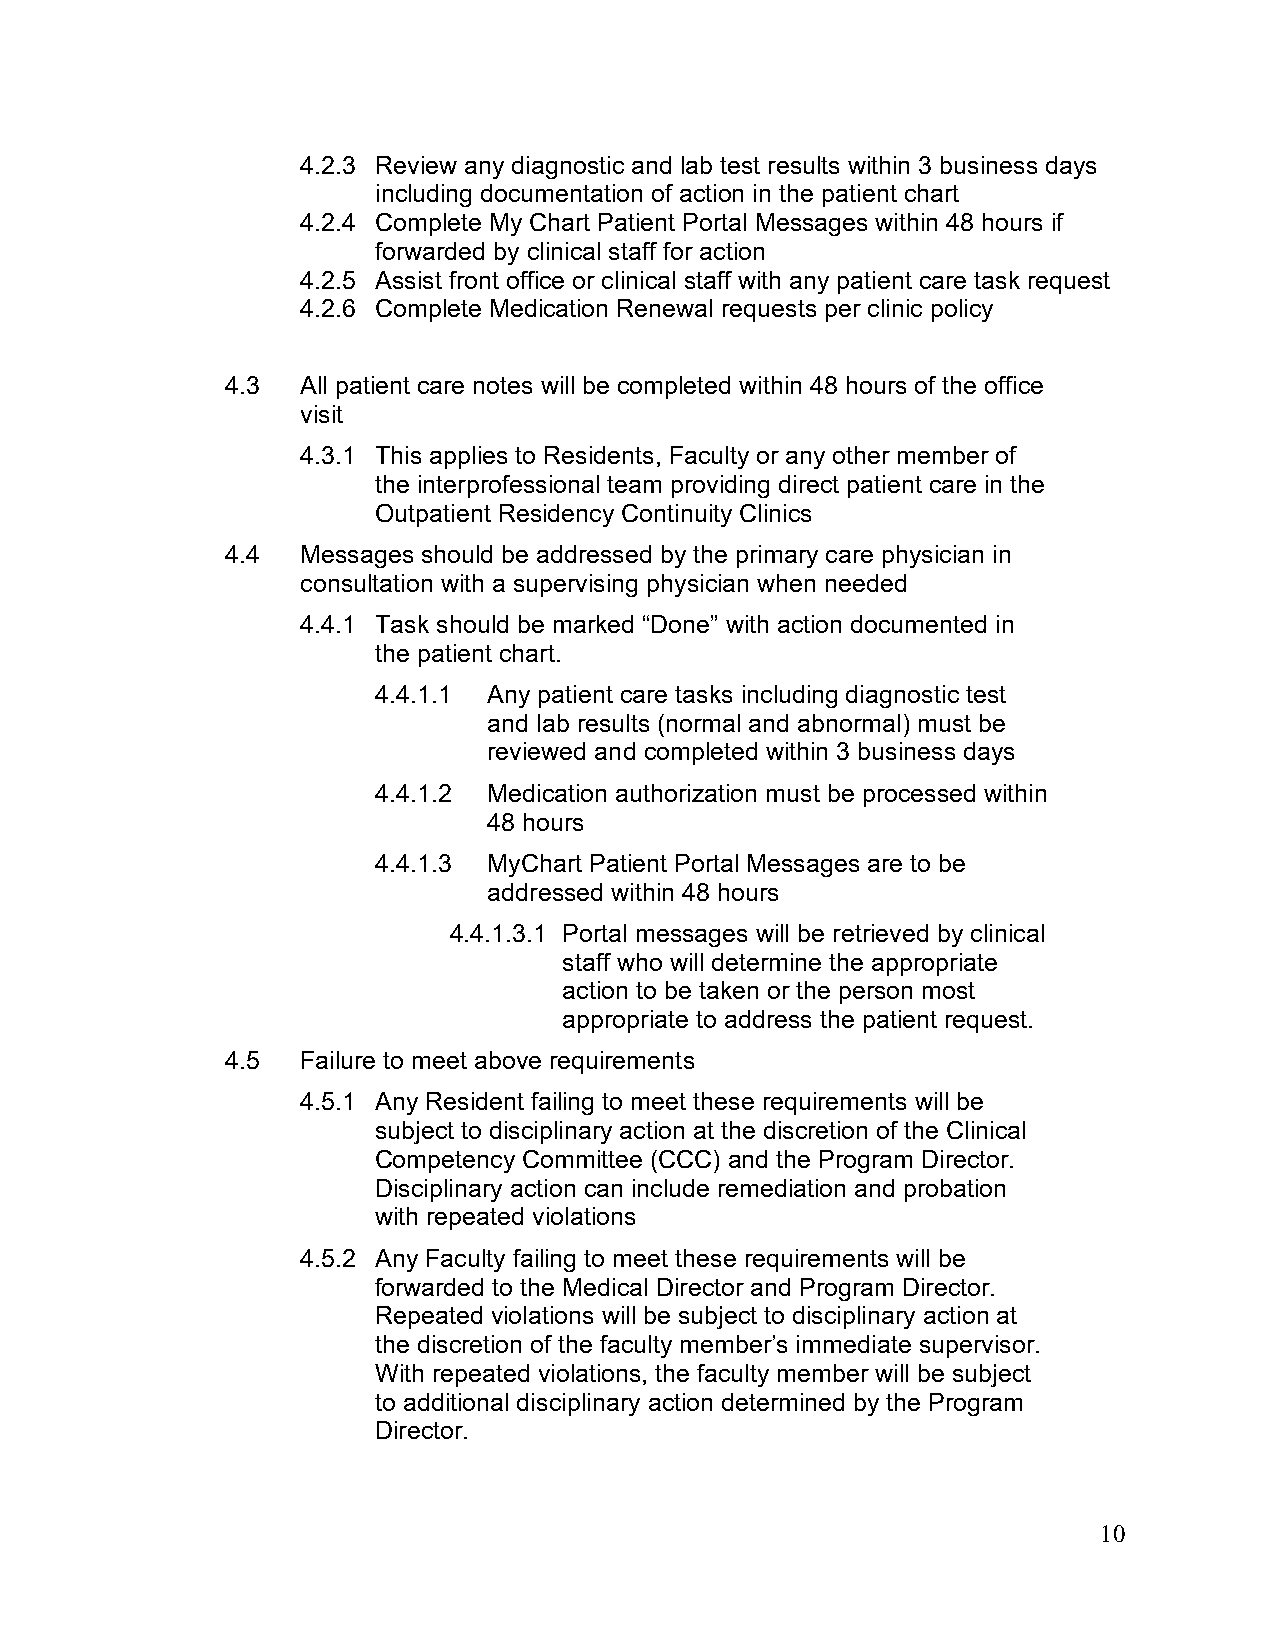
4.2.3 Review any diagnostic and lab test results within 3 business days
 including documentation of action in the patient chart
 4.2.4 Complete My Chart Patient Portal Messages within 48 hours if
 forwarded by clinical staff for action
 4.2.5 Assist front office or clinical staff with any patient care task request
 4.2.6 Complete Medication Renewal requests per clinic policy
 4.3  All patient care notes will be completed within 48 hours of the office
 visit
 4.3.1 This applies to Residents, Faculty or any other member of
 the interprofessional team providing direct patient care in the
 Outpatient Residency Continuity Clinics
 4.4  Messages should be addressed by the primary care physician in
 consultation with a supervising physician when needed
 4.4.1 Task should be marked “Done” with action documented in
 the patient chart.
 4.4.1.1 Any patient care tasks including diagnostic test
 and lab results (normal and abnormal) must be
 reviewed and completed within 3 business days
 4.4.1.2 Medication authorization must be processed within
 48 hours
 4.4.1.3 MyChart Patient Portal Messages are to be
 addressed within 48 hours
 4.4.1.3.1 Portal messages will be retrieved by clinical
 staff who will determine the appropriate
 action to be taken or the person most
 appropriate to address the patient request.
 4.5  Failure to meet above requirements
 4.5.1 Any Resident failing to meet these requirements will be
 subject to disciplinary action at the discretion of the Clinical
 Competency Committee (CCC) and the Program Director.
 Disciplinary action can include remediation and probation
 with repeated violations
 4.5.2 Any Faculty failing to meet these requirements will be
 forwarded to the Medical Director and Program Director.
 Repeated violations will be subject to disciplinary action at
 the discretion of the faculty member’s immediate supervisor.
 With repeated violations, the faculty member will be subject
 to additional disciplinary action determined by the Program
 Director.
 10